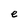
Character: e